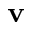
{ \bf v }